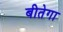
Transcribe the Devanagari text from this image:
बीतेगा